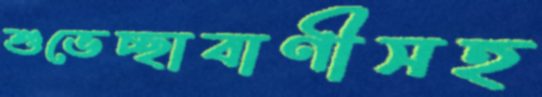
শুভেচ্ছাবাণীসহ